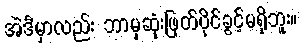
အဲဒီမှာလည်း ဘာမှဆုံးဖြတ်ပိုင်ခွင့်မရှိဘူး။